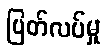
ပြတ်လပ်မှု